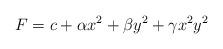
LaTeX: \begin{align*}F = c+ \alpha x^2 + \beta y^2 + \gamma x^2 y^2\end{align*}